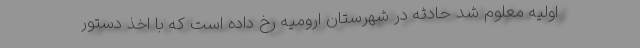
اولیه معلوم شد حادثه در شهرستان ارومیه رخ داده است که با اخذ دستور